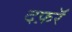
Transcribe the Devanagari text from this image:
दफ़रॅ